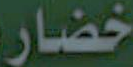
خضار